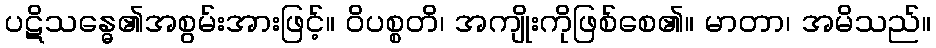
ပဋိသန္ဓေ၏အစွမ်းအားဖြင့်။ ဝိပစ္စတိ၊ အကျိုးကိုဖြစ်စေ၏။ မာတာ၊ အမိသည်။